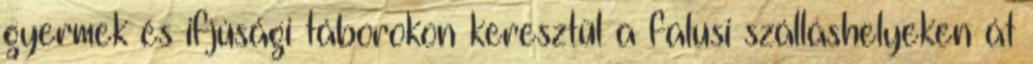
gyermek és ifjúsági táborokon keresztül a falusi szálláshelyeken át